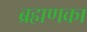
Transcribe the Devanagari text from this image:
ब्रह्मणका